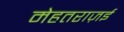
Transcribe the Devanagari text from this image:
मेहतराज़ई